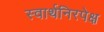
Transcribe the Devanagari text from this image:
स्वार्थनिरपेक्ष